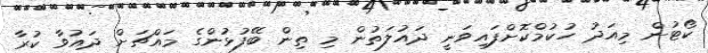
ކޯޓުން މިއަދު ހުކުމްކޮށްފައިވަނީ ދައުލަތުން މި ތިން ބޭފުޅުންގެ މައްޗަށް ދައުވާ ކުރާ